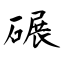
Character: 碾